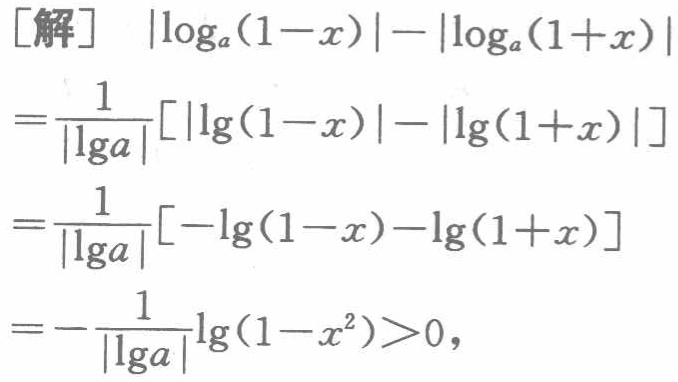
\[
\begin{align*}
[\text{解}]\quad&|\log_{a}(1 - x)|-|\log_{a}(1 + x)|\\
=&\frac{1}{|\lg a|}[|\lg(1 - x)|-|\lg(1 + x)|]\\
=&\frac{1}{|\lg a|}[-\lg(1 - x)-\lg(1 + x)]\\
=&-\frac{1}{|\lg a|}\lg(1 - x^{2})>0,
\end{align*}
\]